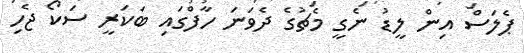
ޕެލަސް އިން ލީޑު ނެގީ މެޗުގެ ދެވަނަ ހާފްގައި ބަކަރީ ސަކޯ ޖެހި